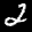
Label: 2